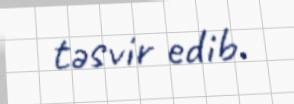
təsvir edib.